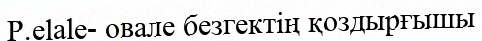
P.elale- овале безгектің қоздырғышы